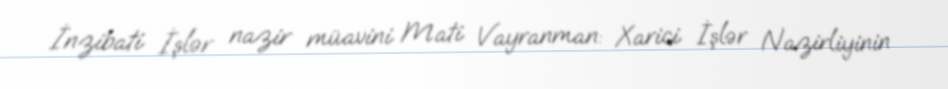
İnzibati İşlər nazir müavini Mati Vayranman: Xarici İşlər Nazirliyinin